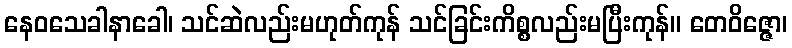
နေဝသေခါနာခေါ၊ သင်ဆဲလည်းမဟုတ်ကုန် သင်ခြင်းကိစ္စလည်းမပြီးကုန်။ တေဝိဇ္ဇော၊